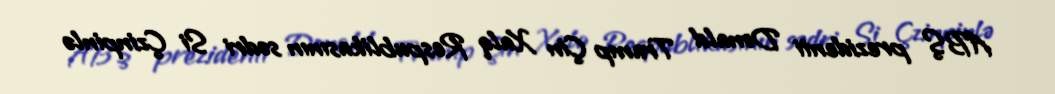
ABŞ prezidenti Donald Tramp Çin Xalq Respublikasının sədri Si Çzinpinlə